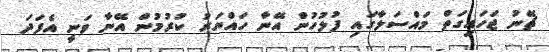
ޗޭނު ޖަހައިގަތް މައްސަލާގައި ފުލުހުން އޭނާ ހައްޔަރު ކުރުމުން އޭނާ ވަނީ އެފަދަ